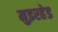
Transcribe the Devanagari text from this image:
मुइरहेड